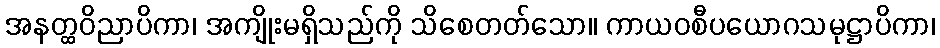
အနတ္ထဝိညာပိကာ၊ အကျိုးမရှိသည်ကို သိစေတတ်သော။ ကာယဝစီပယောဂသမုဋ္ဌာပိကာ၊